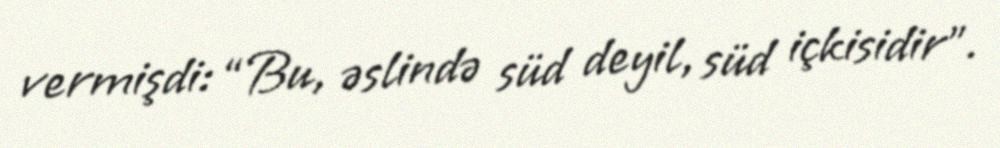
vermişdi: “Bu, əslində süd deyil, süd içkisidir”.